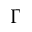
\Gamma